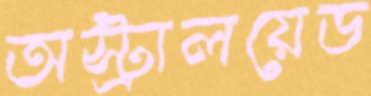
অস্ট্রালয়েড